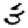
Digit: 3